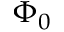
\Phi _ { 0 }